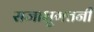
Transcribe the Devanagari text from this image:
सजाभुगतनी